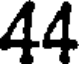
44